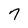
Character: 7